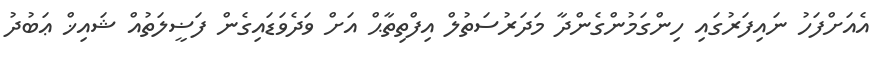
އެއަށްފަހު ނައިފަރުގައި ހިންގަމުންގެންދާ މަދަރުސަތުލް އިފްތިތާޙް އަށް ވަދެވަޑައިގެން ފަޟީލަތުއް ޝައިޚް ޢަބުދު